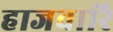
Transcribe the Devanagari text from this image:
हाजवारि